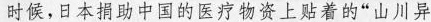
时候，日本捐助中国的医疗物资上贴着的”山川异